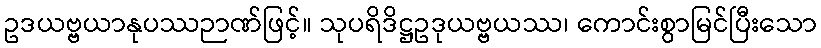
ဥဒယဗ္ဗယာနုပဿဉာဏ်ဖြင့်။ သုပရိဒိဋ္ဌဥဒုယဗ္ဗယဿ၊ ကောင်းစွာမြင်ပြီးသော